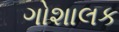
ગોશાલક